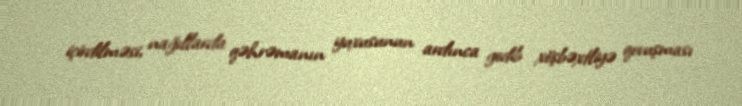
içirdilməsi, nağıllarda qəhrəmanın yuxusunun ardınca gedib xöşbəxtliyə qovuşması